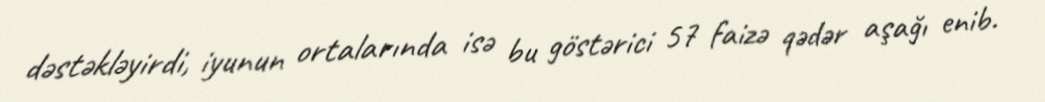
dəstəkləyirdi, iyunun ortalarında isə bu göstərici 57 faizə qədər aşağı enib.